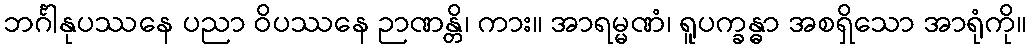
ဘင်္ဂါနုပဿနေ ပညာ ဝိပဿနေ ဉာဏန္တိ၊ ကား။ အာရမ္မဏံ၊ ရူပက္ခန္ဓာ အစရှိသော အာရုံကို။